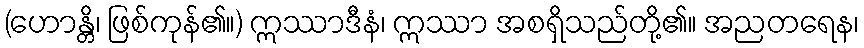
(ဟောန္တိ၊ ဖြစ်ကုန်၏။) ဣဿာဒီနံ၊ ဣဿာ အစရှိသည်တို့၏။ အညတရေန၊